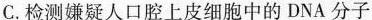
C.检测嫌疑人口腔上皮细胞中的DNA分子